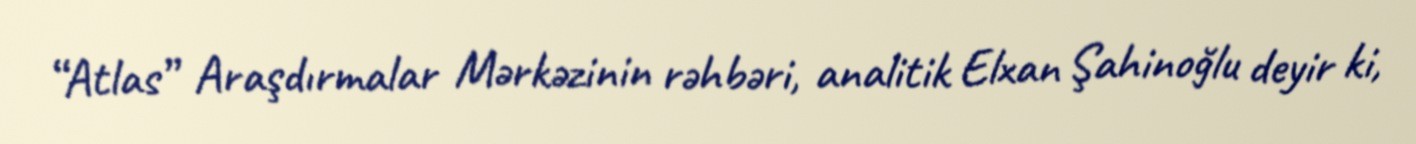
“Atlas” Araşdırmalar Mərkəzinin rəhbəri, analitik Elxan Şahinoğlu deyir ki,